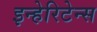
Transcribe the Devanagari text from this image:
इन्हेरिटेन्स